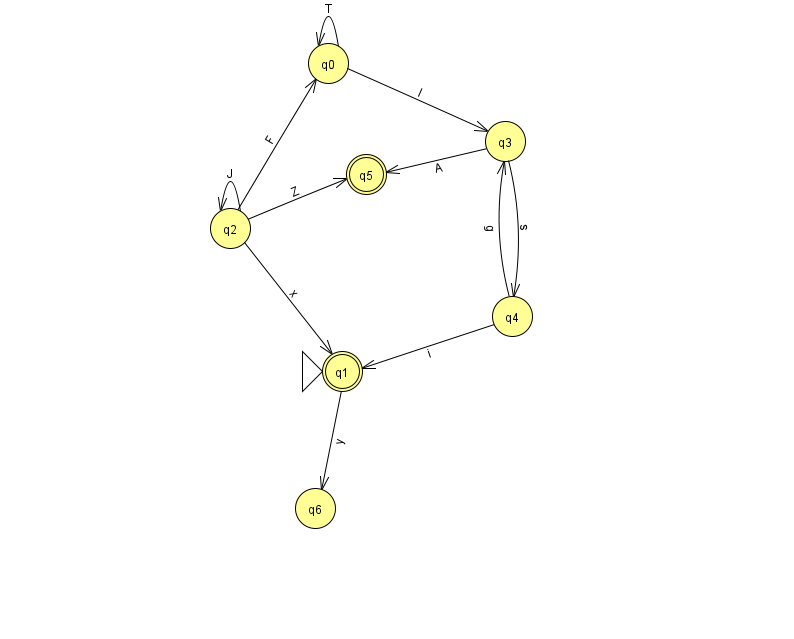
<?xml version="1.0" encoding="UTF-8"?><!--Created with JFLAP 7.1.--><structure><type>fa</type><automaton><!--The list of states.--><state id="0" name="q0"><x>328.0</x><y>50.0</y></state><state id="1" name="q1"><x>342.0</x><y>358.0</y><initial/><final/></state><state id="2" name="q2"><x>230.0</x><y>215.0</y></state><state id="3" name="q3"><x>505.0</x><y>128.0</y></state><state id="4" name="q4"><x>512.0</x><y>303.0</y></state><state id="5" name="q5"><x>366.0</x><y>161.0</y><final/></state><state id="6" name="q6"><x>315.0</x><y>495.0</y></state><!--The list of transitions.--><transition><from>0</from><to>3</to><read>I</read></transition><transition><from>0</from><to>0</to><read>T</read></transition><transition><from>2</from><to>1</to><read>x</read></transition><transition><from>3</from><to>5</to><read>A</read></transition><transition><from>1</from><to>6</to><read>y</read></transition><transition><from>2</from><to>2</to><read>J</read></transition><transition><from>3</from><to>4</to><read>s</read></transition><transition><from>4</from><to>1</to><read>i</read></transition><transition><from>2</from><to>0</to><read>F</read></transition><transition><from>2</from><to>5</to><read>Z</read></transition><transition><from>4</from><to>3</to><read>g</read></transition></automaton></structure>